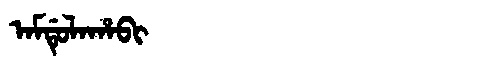
Manchu: ᠠᠮᡩᡠᠯᠠᡥᠠᠪᡳ
Romanization: AMDULAHABI